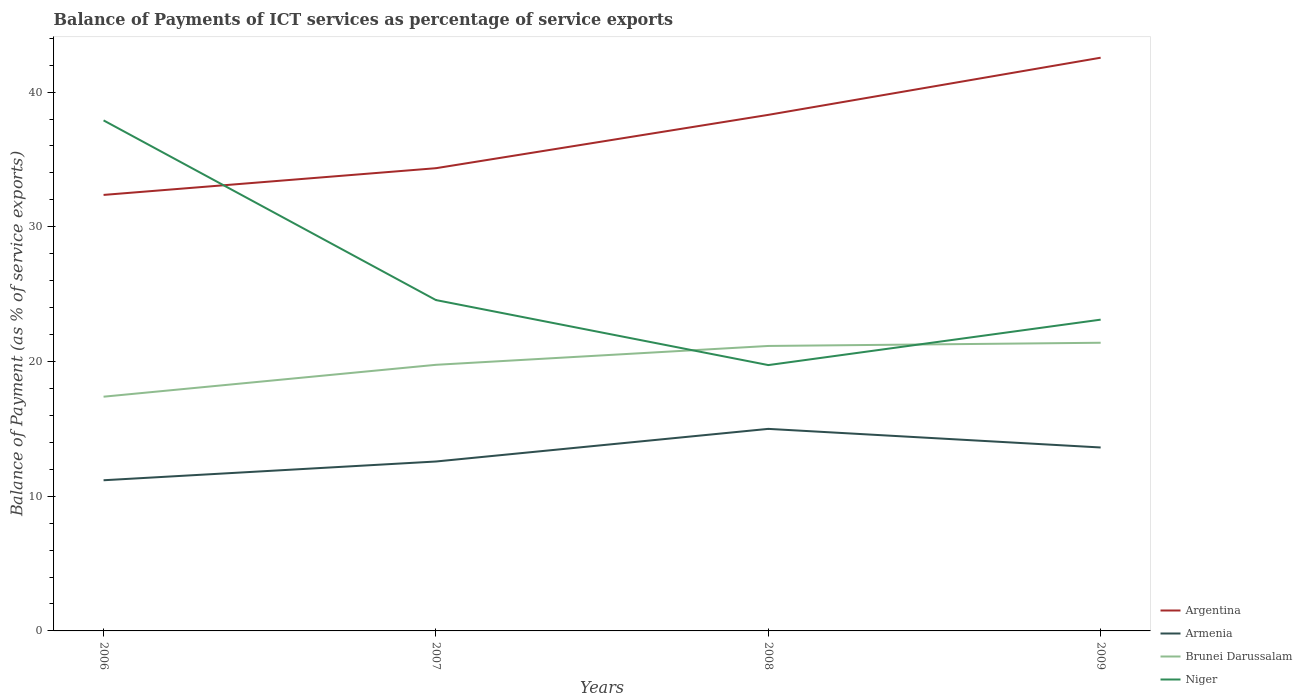
| Years | Argentina | Armenia | Brunei Darussalam | Niger |
 | --- | --- | --- | --- | --- |
 | 2006 | 32.4 | 11.2 | 17.4 | 37.9 |
 | 2007 | 34.3 | 12.6 | 19.8 | 24.6 |
 | 2008 | 38.3 | 15 | 21.2 | 19.7 |
 | 2009 | 42.6 | 13.6 | 21.4 | 23.1 |